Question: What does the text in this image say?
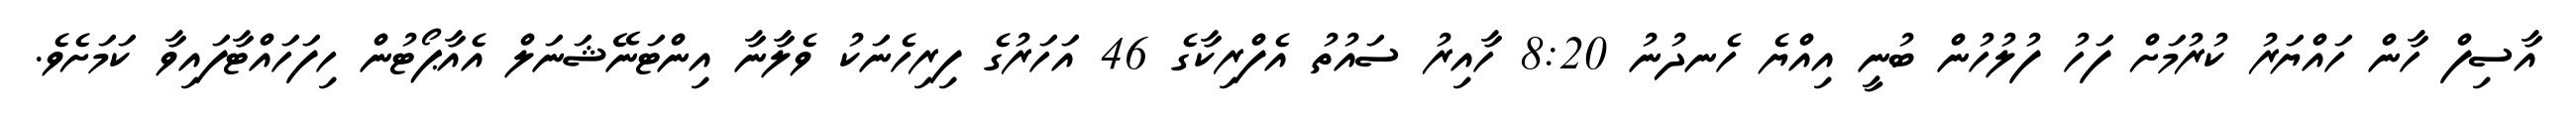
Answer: އާސިފް ހާން ހައްޔަރު ކުރުމަށް ފަހު ފުލުހުން ބުނީ އިއްޔެ ހެނދުނު 8:20 ހާއިރު ސައުތު އެފްރިކާގެ 46 އަހަރުގެ ފިރިހެނަކު ވެލާނާ އިންޓަނޭޝަނަލް އެއާޕޯޓުން ހިފަހައްޓާފައިވާ ކަމަށެވެ.